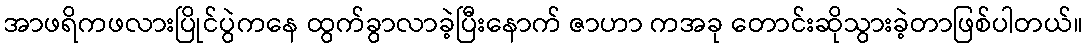
အာဖရိကဖလားပြိုင်ပွဲကနေ ထွက်ခွာလာခဲ့ပြီးနောက် ဇာဟာ ကအခု တောင်းဆိုသွားခဲ့တာဖြစ်ပါတယ်။